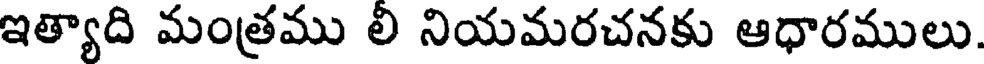
ఇత్యాది మంత్రము లి నియమరచనకు ఆధారములు.